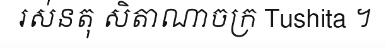
រស់នតុ សិតាណាចក្រ Tushita ។